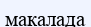
макалада